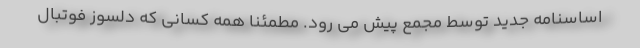
اساسنامه جدید توسط مجمع پیش می رود. مطمئناً همه کسانی که دلسوز فوتبال